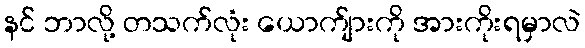
နင် ဘာလို့ တသက်လုံး ယောက်ျားကို အားကိုးရမှာလဲ